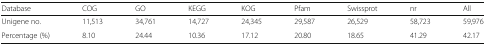
<table><thead><tr><td><b>Database</b></td><td><b>COG</b></td><td><b>GO</b></td><td><b>KEGG</b></td><td><b>KOG</b></td><td><b>Pfam</b></td><td><b>Swissprot</b></td><td><b>nr</b></td><td><b>All</b></td></tr></thead><tbody><tr><td>Unigene no.</td><td>11,513</td><td>34,761</td><td>14,727</td><td>24,345</td><td>29,587</td><td>26,529</td><td>58,723</td><td>59,976</td></tr><tr><td>Percentage (%)</td><td>8.10</td><td>24.44</td><td>10.36</td><td>17.12</td><td>20.80</td><td>18.65</td><td>41.29</td><td>42.17</td></tr></tbody></table>